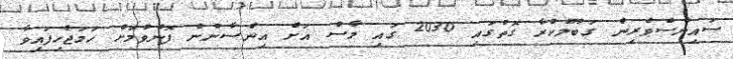
ސައިންސްވެރިން ގަބޫލުކުރާ ގޮތުގައި 2030 ގައި މާސް އަށް އިންސާނުން ފޮނުވުމަށް ހަމަޖެހިފައިވާ